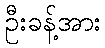
ဦးခန့်အား